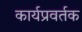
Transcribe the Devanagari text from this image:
कार्यप्रवर्तक